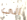
الى